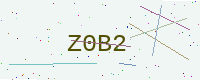
Text: Z0B2